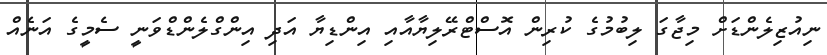
ނިއުޒިލެންޑަށް މިޖާގަ ލިބުމުގެ ކުރިން އޮސްޓްރޭލިޔާއާއި އިންޑިޔާ އަދި އިންގްލެންޑްވަނީ ސެމީގެ އަނެއް